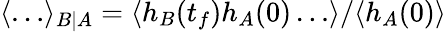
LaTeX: \langle\dots\rangle_{B|A}=\langle h_{B}(t_{f})h_{A}(0)\dots\rangle/\langle h_{A}(0)\rangle